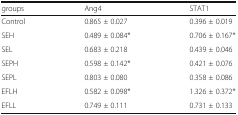
<table><thead><tr><td><b>groups</b></td><td><b>Ang4</b></td><td><b>STAT1</b></td></tr></thead><tbody><tr><td>Control</td><td>0.865 ± 0.027</td><td>0.396 ± 0.019</td></tr><tr><td>SEH</td><td>0.489 ± 0.084*</td><td>0.706 ± 0.167*</td></tr><tr><td>SEL</td><td>0.683 ± 0.218</td><td>0.439 ± 0.046</td></tr><tr><td>SEPH</td><td>0.598 ± 0.142*</td><td>0.421 ± 0.076</td></tr><tr><td>SEPL</td><td>0.803 ± 0.080</td><td>0.358 ± 0.086</td></tr><tr><td>EFLH</td><td>0.582 ± 0.098*</td><td>1.326 ± 0.372*</td></tr><tr><td>EFLL</td><td>0.749 ± 0.111</td><td>0.731 ± 0.133</td></tr></tbody></table>